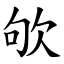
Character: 欨